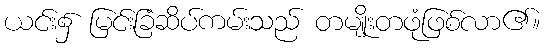
ယင်း၌ မြင်းခြံဆိပ်ကမ်းသည် တမျိုးတဖုံဖြစ်လာ၏။